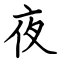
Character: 夜